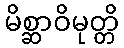
မိစ္ဆာဝိမုတ္တိ